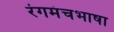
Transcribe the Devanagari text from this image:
रंगमंचभाषा